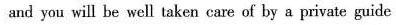
and you will be well taken care of by a private guide